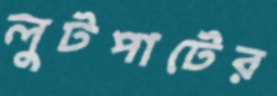
লুটপাটের